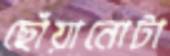
ছোঁয়ানোটা